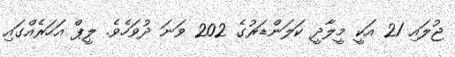
ޖުލައި 21 އަކީ މީލާދީ ކަލަންޑަރުގެ 202 ވަނަ ދުވަހެވެ. ލީޕް އަހަރެއްގައި